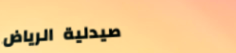
صيدلية الرياض